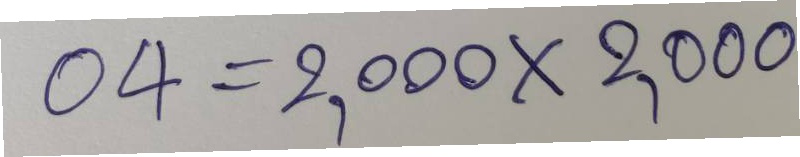
04 = 2,000x2,000